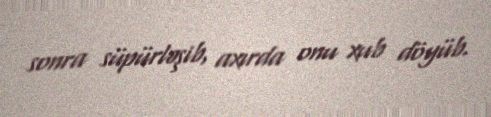
sonra süpürləşib, axırda onu xub döyüb.